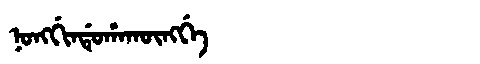
Manchu: ᠨᠣᠩᡤᡳᠨᡩᡠᡥᠠᡴᡡᠩᡤᡝ
Romanization: NONGGINDUHAKŪNGGE